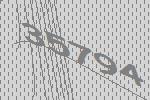
35794